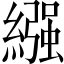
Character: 繦